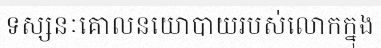
ទស្សនៈគោលនយោបាយរបស់លោកក្នុង